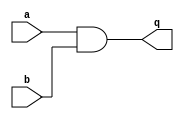
//
//
// https://hdlbits.01xz.net/wiki/Sim/circuit1
//
//

`default_nettype none

module top_module (
    input   a,
    input   b,
    output  q
);

    //
    //      a
    //
    //  b   q   0   1
    //
    //      0   0   0
    //
    //      1   0   1
    //
    //
    // q = a & b
    //
    //
    assign q = a & b;

endmodule